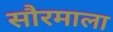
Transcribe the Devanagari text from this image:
सौरमाला